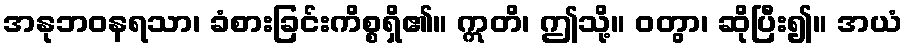
အနုဘဝနရသာ၊ ခံစားခြင်းကိစ္စရှိ၏။ ဣတိ၊ ဤသို့။ ဝတွာ၊ ဆိုပြီး၍။ အယံ